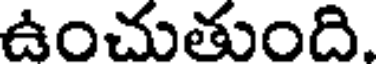
ఉంచుతుంది.